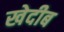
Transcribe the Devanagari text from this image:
खेदीब